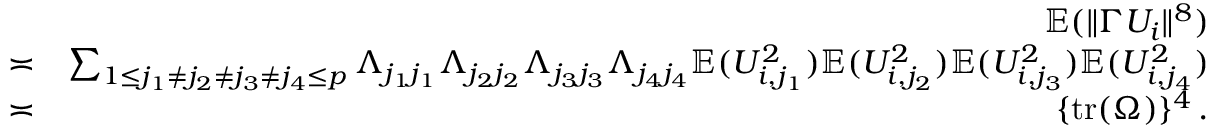
\begin{array} { r l r } & { } & { { \mathbb { E } } ( \| \Gamma U _ { i } \| ^ { 8 } ) } \\ & { \asymp } & { \sum _ { 1 \leq j _ { 1 } \neq j _ { 2 } \neq j _ { 3 } \neq j _ { 4 } \leq p } \Lambda _ { j _ { 1 } j _ { 1 } } \Lambda _ { j _ { 2 } j _ { 2 } } \Lambda _ { j _ { 3 } j _ { 3 } } \Lambda _ { j _ { 4 } j _ { 4 } } { \mathbb { E } } ( U _ { i , j _ { 1 } } ^ { 2 } ) { \mathbb { E } } ( U _ { i , j _ { 2 } } ^ { 2 } ) { \mathbb { E } } ( U _ { i , j _ { 3 } } ^ { 2 } ) { \mathbb { E } } ( U _ { i , j _ { 4 } } ^ { 2 } ) } \\ & { \asymp } & { \{ \mathrm { t r } ( \Omega ) \} ^ { 4 } \, . } \end{array}